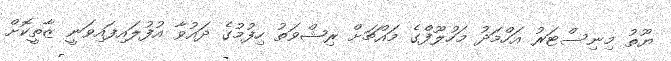
ޔޫތު މިނިސްޓަރު އަހްމަދު މަހުލޫފްގެ މައްޗަށް ރިޝްވަތު ހިފުމުގެ ދައުވާ އުފުލައިފައިވަނީ ޒާތީކޮށް